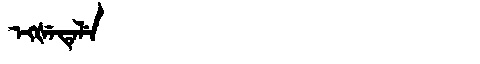
Manchu: ᡝᡴᡧᡝᡨᡝᠯᡝ
Romanization: EKŠETELE